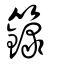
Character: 籙